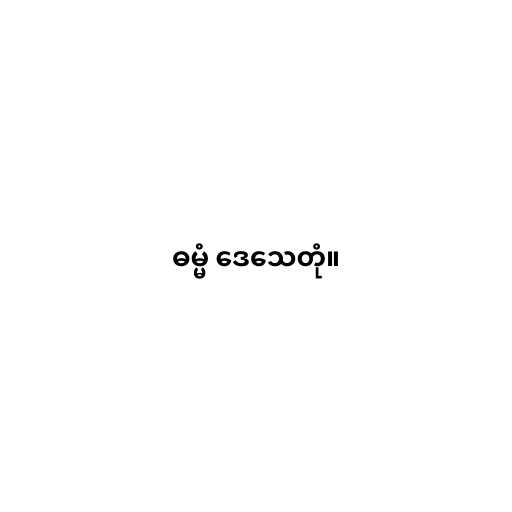
ဓမ္မံ ဒေသေတုံ။